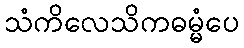
သံကိလေသိကဓမ္မံပေ